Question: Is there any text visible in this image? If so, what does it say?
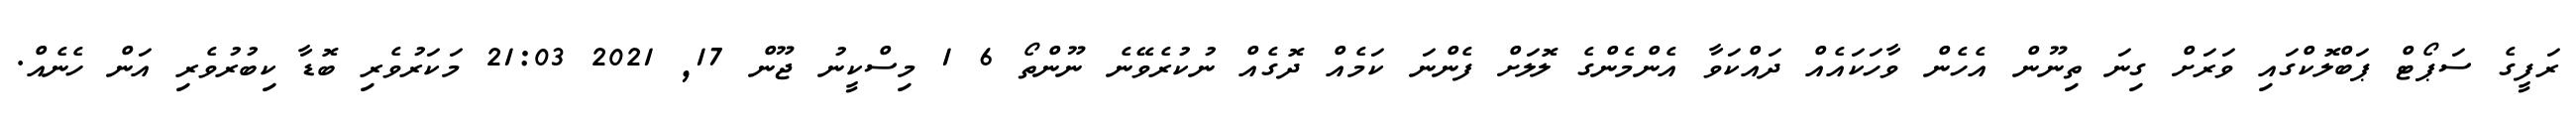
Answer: ރަފީގެ ސަޕޯޓް ޕަބްލޮކްގައި ވަރަށް ގިނަ ތިނޫން އެހެން ވާހަކައެއް ދައްކަވާ އެންމެންގެ ލޮލަށް ފެންނަ ކަމެއް ދޮގެއް ނުކުރެވޭނެ ނޫންތޯ 6 1 މިސްކީނު ޖޫން 17, 2021 21:03 މަކަރުވެރި ބޮޑާ ކިބުރުވެރި އަން ހެނެއް.